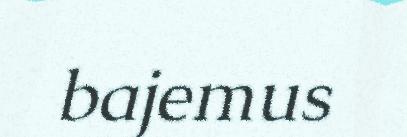
bajemus